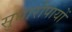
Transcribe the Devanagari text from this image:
सुधारोपायों